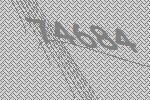
74684